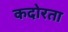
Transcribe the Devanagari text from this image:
कदोरता